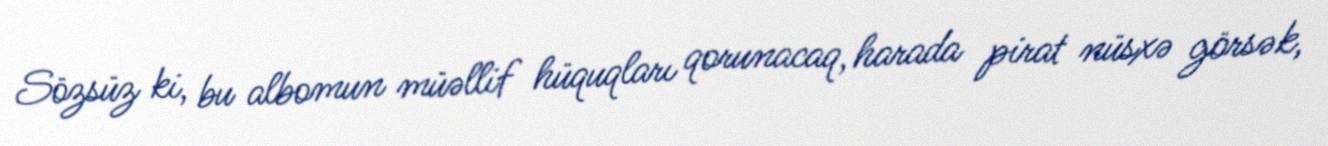
Sözsüz ki, bu albomun müəllif hüquqları qorunacaq, harada pirat nüsxə görsək,